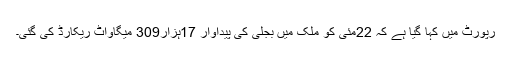
رپورٹ میں کہا گیا ہے کہ 22مئی کو ملک میں بجلی کی پیداوار 17ہزار309 میگاواٹ ریکارڈ کی گئی۔